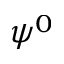
\psi ^ { 0 }